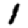
Digit: 1